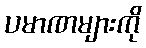
ပမာဏများကို